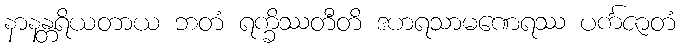
နာနန္တရိယတာယ ဘတံ ရက္ခိဿတီတိ ဒဟရသာမဏေရဿ ပင်္ကဇာတံ